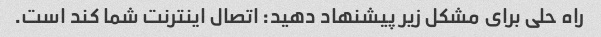
راه حلی برای مشکل زیر پیشنهاد دهید: اتصال اینترنت شما کند است.